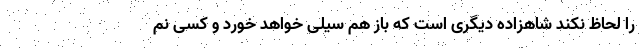
را لحاظ نکند شاهزاده دیگری است که باز هم سیلی خواهد خورد و کسی نم